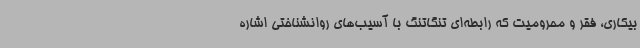
بیکاری، فقر و محرومیت که رابطه‌ای تنگاتنگ با آسیب‌های روانشناختی اشاره